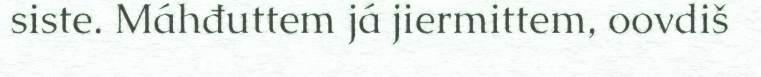
siste. Máhđuttem já jiermittem, oovdiš